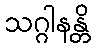
သဂ္ဂါနန္တိ